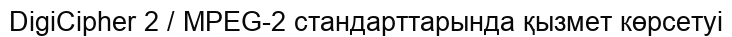
DigiCipher 2 / MPEG-2 стандарттарында қызмет көрсетуі